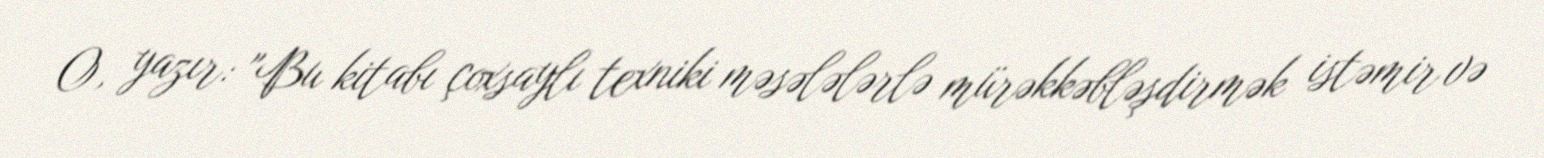
O, yazır: "Bu kitabı çoxsaylı texniki məsələlərlə mürəkkəbləşdirmək istəmir və